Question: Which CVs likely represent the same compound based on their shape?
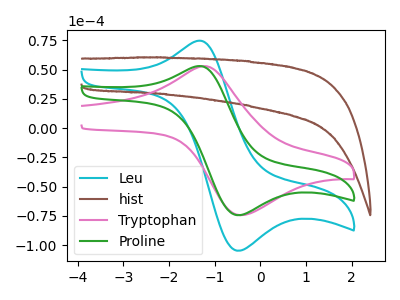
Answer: <think>The cyan curve "Leu" has an anodic peak at (-1.40V, 74.40uA) and a cathodic peak at (-0.50V, -104.70uA). The brown curve "hist" has no peaks. The pink curve "Tryptophan" has an anodic peak at (-1.20V, 53.00uA) and a cathodic peak at (-0.45V, -74.40uA). The green curve "Proline" has an anodic peak at (-1.40V, 52.80uA) and a cathodic peak at (-0.50V, -74.35uA).
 "Leu" and "hist" have a different number of peaks. "Leu" and "Tryptophan" have at least one peak that do not match. All the peaks in "Leu" have a peak in "Proline" at the same potential. Every peak in "Leu" is higher than every peak in "Proline". "hist" and "Tryptophan" have a different number of peaks. "hist" and "Proline" have a different number of peaks. "Tryptophan" and "Proline" have at least one peak that do not match.</think>
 <answer>"Proline" and "Leu" have the same shape and are likely CV's of the same chemical.</answer>
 <eval>"Proline" "Leu"</eval>